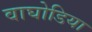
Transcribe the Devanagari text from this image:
वाघोडिया